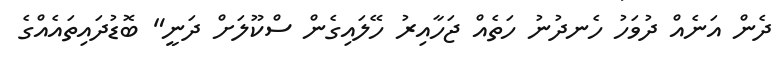
ދެން އަނެއް ދުވަހު ހެނދުނު ހަތެއް ޖަހާއިރު ހޭލައިގެން ސްކޫލަށް ދަނީ" ބޮޑުދައިތައެއްގެ